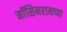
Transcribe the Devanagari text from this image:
मॉसिनरामच्या